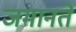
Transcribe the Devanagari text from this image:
जमानतें